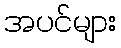
အပင်များ